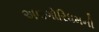
અલગોરિધમની